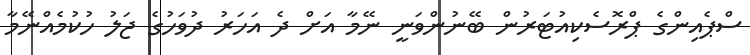
ސްޕެއިންގެ ޕްރޮސެކިއުޓަރުން ބޭނުންވަނީ ނޭމާ އަށް ދެ އަހަރު ދުވަހުގެ ޖަލު ހުކުމެއްނޭމާ